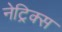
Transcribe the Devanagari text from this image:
नेट्रिक्स